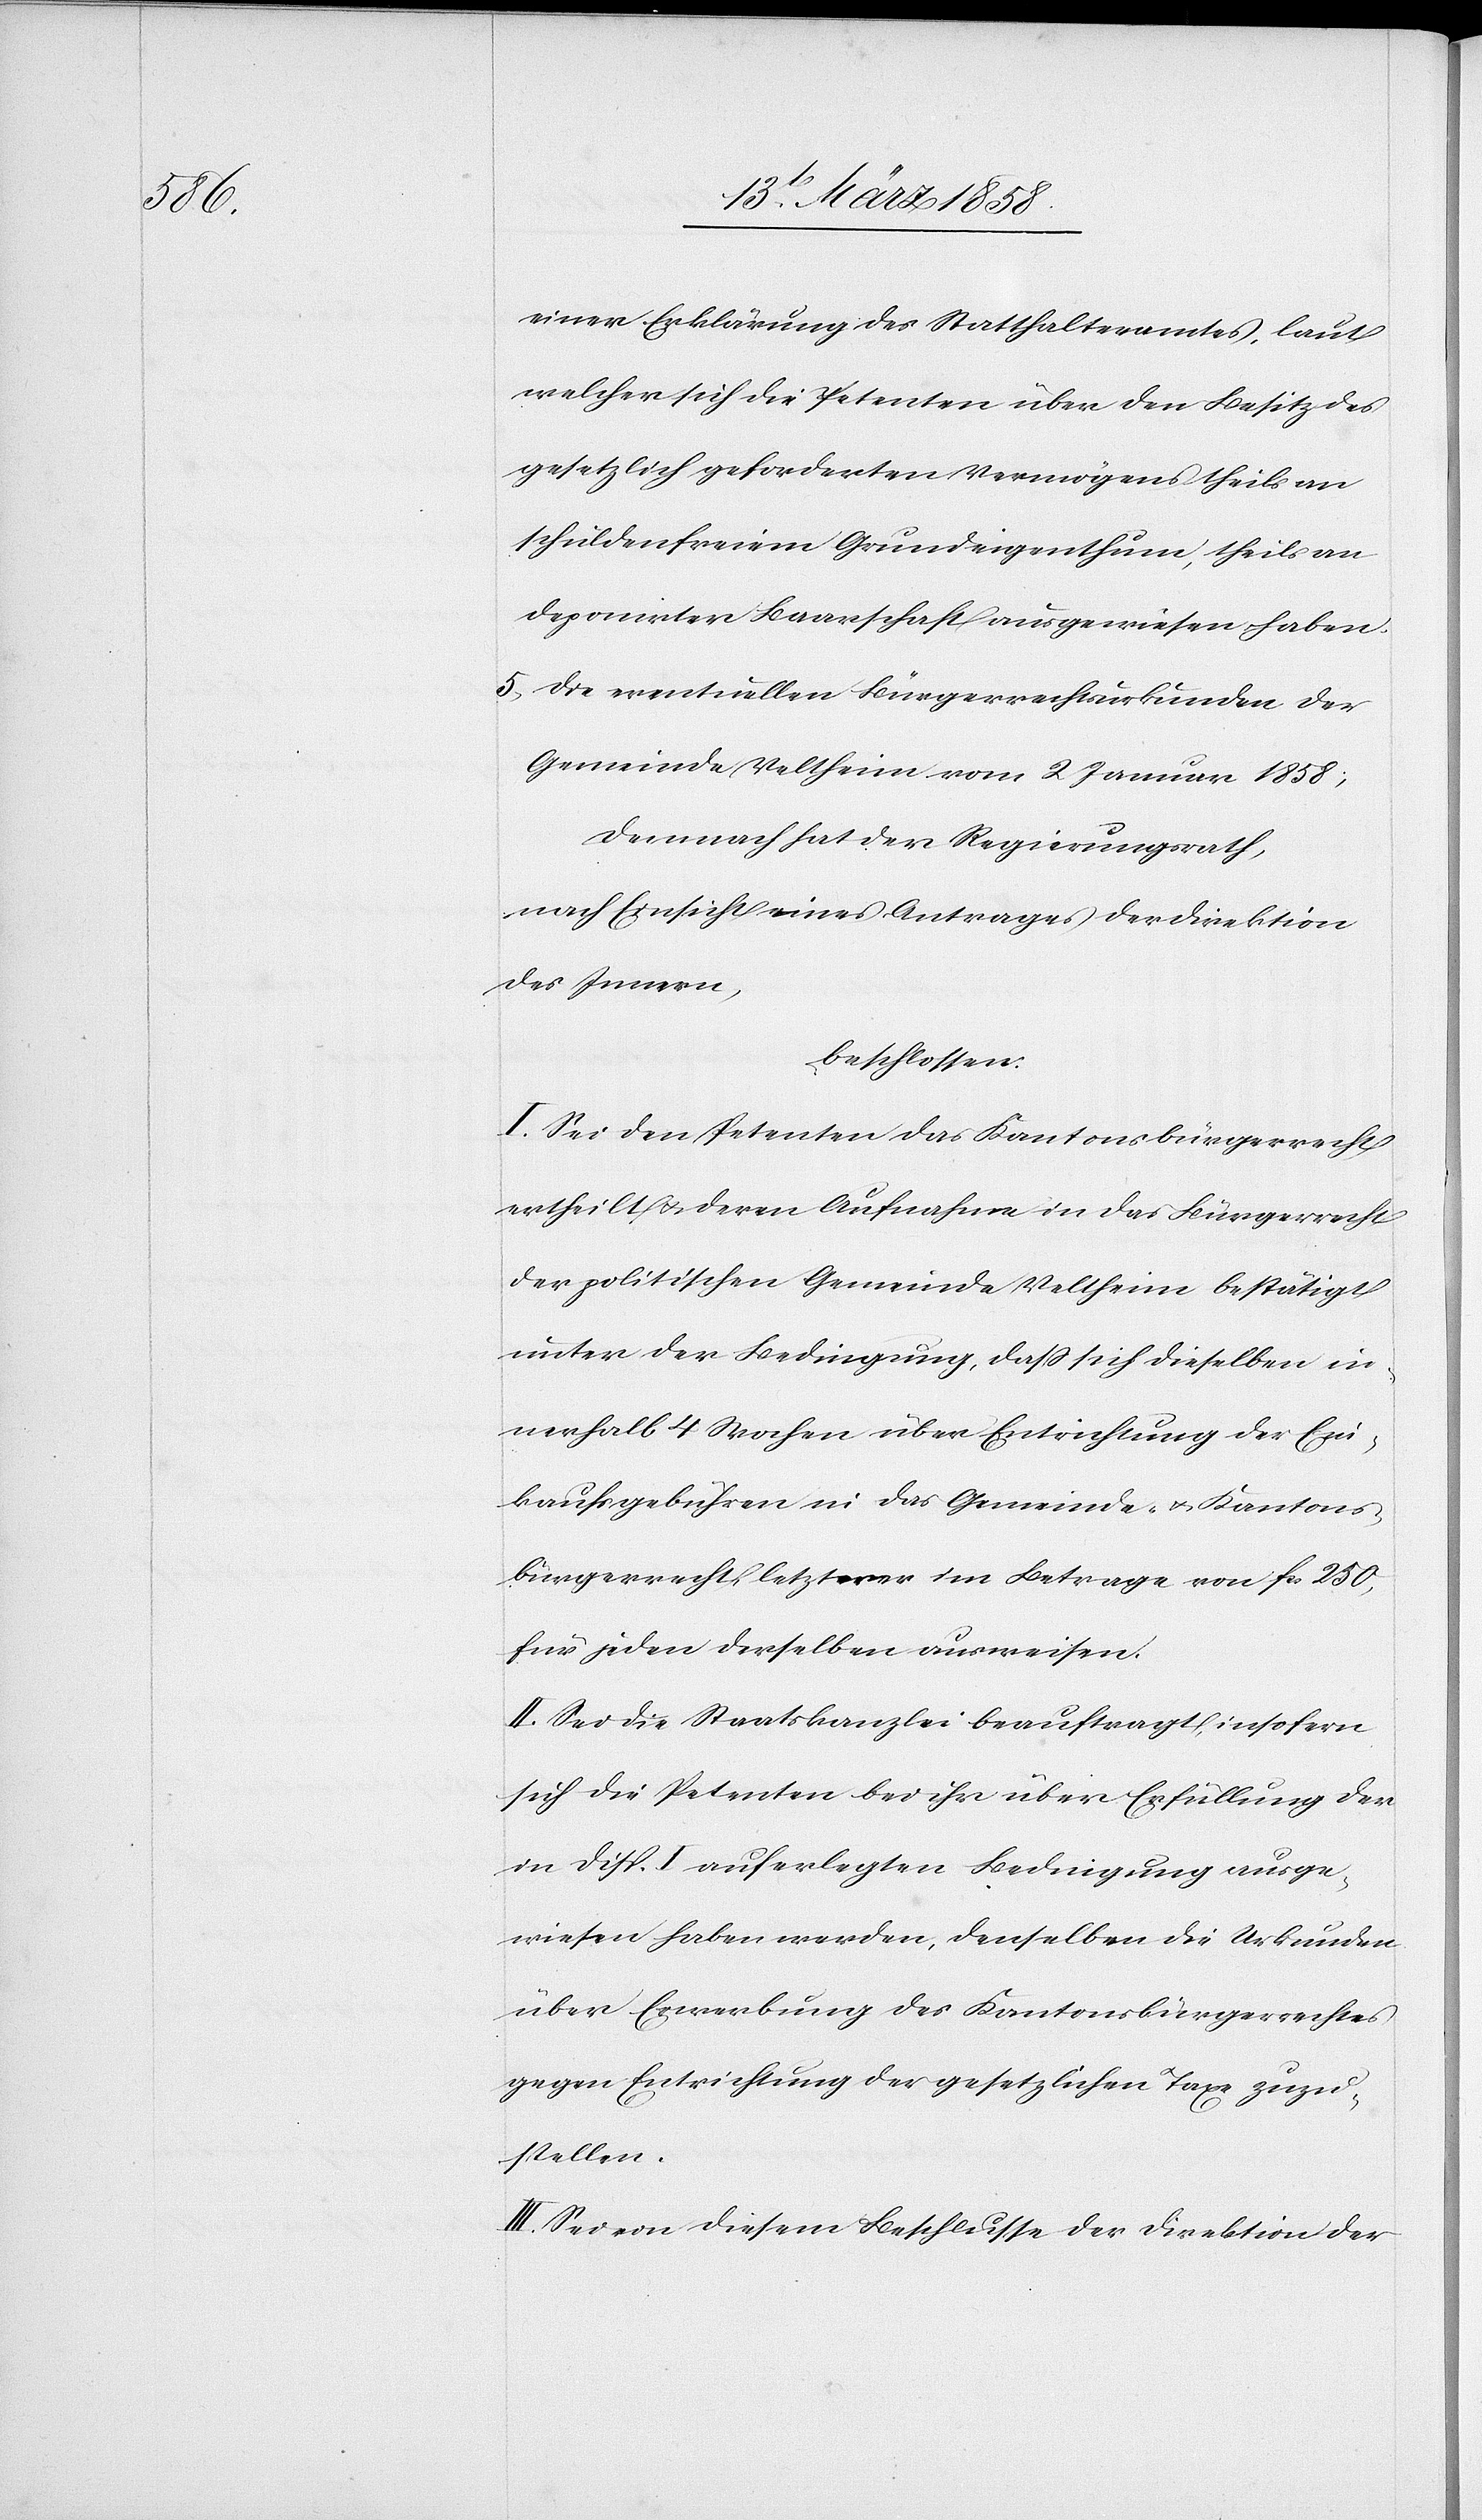
einer Erklärung des Statthalteramtes, laut
welcher sich die Petenten über den Besitz des
gesetzlich geforderten Vermögens theils an
schuldenfreiem Grundeigenthum, theils an
deponirter Baarschaft ausgewiesen haben.
5) die eventuellen Bürgerrechtsurkunden der
Gemeinde Veltheim vom 2. Januar 1858;
Demnach hat der Regierungsrath,
nach Einsicht eines Antrages der Direktion
des Innern,
beschlossen:
I. Sei den Petenten das Kantonsbürgerrecht
ertheilt u. deren Aufnahme in das Bürgerrecht
der politischen Gemeinde Veltheim bestätigt,
unter der Bedingung, daß sich dieselben in¬
nerhalb 4 Wochen über Entrichtung der Ein¬
kaufsgebühren in das Gemeinde- u. Kantons¬
bürgerrecht letzterer im Betrage von fcs. 250,
für jeden derselben ausweisen.
II. Sei die Staatskanzlei beauftragt, insofern
sich die Petenten bei ihr über Erfüllung der
in Disp. I auferlegten Bedingung ausge¬
wiesen haben werden, denselben die Urkunden
über Erwerbung des Kantonsbürgerrechtes
gegen Entrichtung der gesetzlichen Taxe zuzu¬
stellen.
III. Sei von diesem Beschlusse der Direktion der